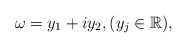
\begin{align*} \omega = y_1 + i y_2, (y_j \in {\Bbb R}), \end{align*}